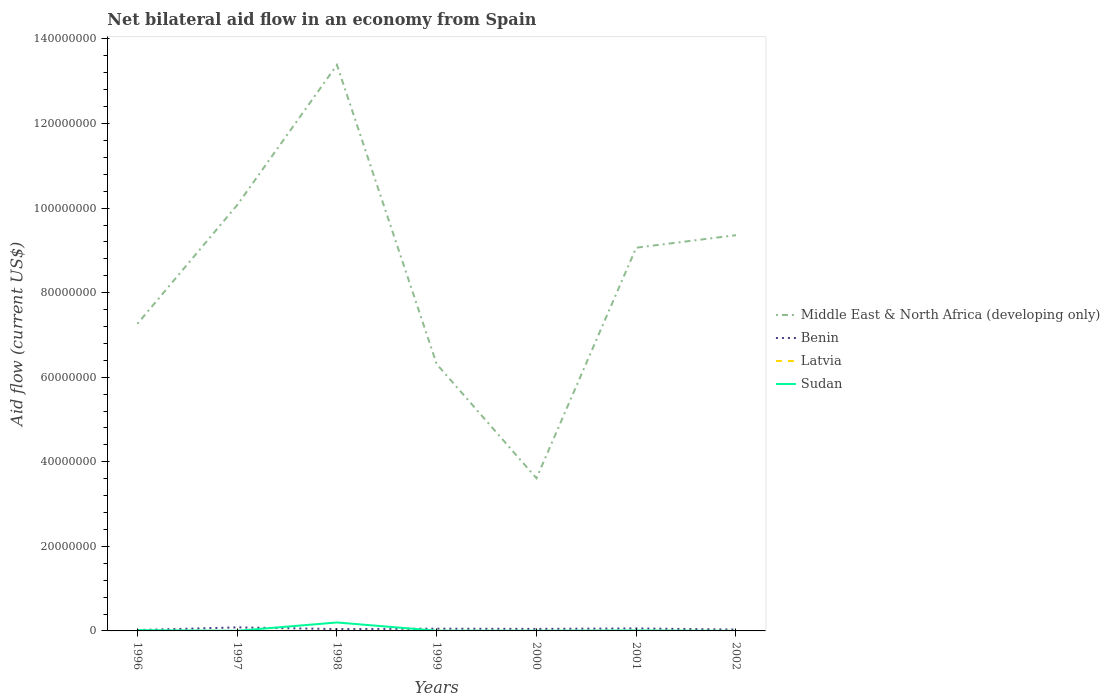
| Years | Middle East & North Africa (developing only) | Benin | Latvia | Sudan |
 | --- | --- | --- | --- | --- |
 | 1996 | 7.26e+07 | 2e+05 | 1e+04 | 1.8e+05 |
 | 1997 | 1.01e+08 | 8.4e+05 | 1e+04 | 3e+04 |
 | 1998 | 1.34e+08 | 4.3e+05 | 1e+04 | 2e+06 |
 | 1999 | 6.31e+07 | 5.3e+05 | 1e+04 | 5e+04 |
 | 2000 | 3.61e+07 | 4.8e+05 | 1e+04 | 4e+04 |
 | 2001 | 9.06e+07 | 5.9e+05 | 2e+04 | 1e+05 |
 | 2002 | 9.36e+07 | 3.2e+05 | 1e+04 | 1e+04 |